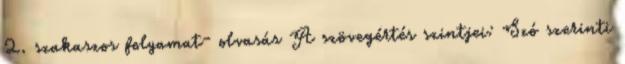
2. szakaszos folyamat- olvasás A szövegértés szintjei: Szó szerinti